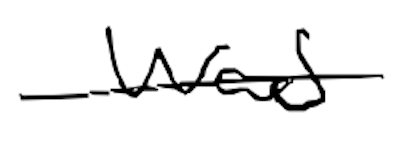
Text: was
Cross-out: mix
Writing tool: digital_black